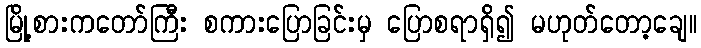
မြို့စားကတော်ကြီး စကားပြောခြင်းမှ ပြောစရာရှိ၍ မဟုတ်တော့ချေ။